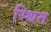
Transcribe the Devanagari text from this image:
स्थित